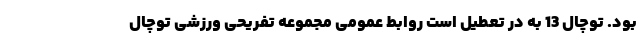
بود. توچال 13 به در تعطیل است روابط عمومی مجموعه تفریحی ورزشی توچال